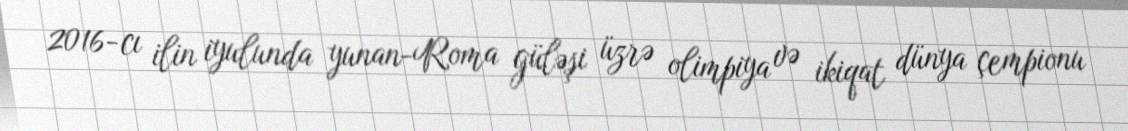
2016-cı ilin iyulunda yunan-Roma güləşi üzrə olimpiya və ikiqat dünya çempionu